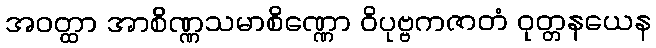
အဝတ္ထာ အာစိဏ္ဏသမာစိဏ္ဏော ဝိပုဗ္ဗကဇာတံ ဝုတ္တနယေန